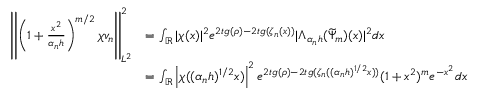
\begin{array} { r l } { \left| \left| \left( 1 + \frac { x ^ { 2 } } { \alpha _ { n } h } \right) ^ { m / 2 } \chi v _ { n } \right| \right| _ { L ^ { 2 } } ^ { 2 } } & { = \int _ { \mathbb { R } } | \chi ( x ) | ^ { 2 } e ^ { 2 t g ( \rho ) - 2 t g ( \zeta _ { n } ( x ) ) } | \Lambda _ { \alpha _ { n } h } ( \widetilde { \Psi } _ { m } ) ( x ) | ^ { 2 } d x } \\ & { = \int _ { \mathbb { R } } \left| \chi ( ( \alpha _ { n } h ) ^ { 1 / 2 } x ) \right| ^ { 2 } e ^ { 2 t g ( \rho ) - 2 t g ( \zeta _ { n } ( ( \alpha _ { n } h ) ^ { 1 / 2 } x ) ) } ( 1 + x ^ { 2 } ) ^ { m } e ^ { - x ^ { 2 } } d x } \end{array}